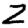
Digit: 2